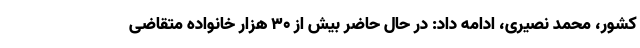
کشور، محمد نصیری، ادامه داد: در حال حاضر بیش از ۳۰ هزار خانواده متقاضی